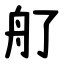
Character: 䑠